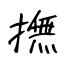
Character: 撫